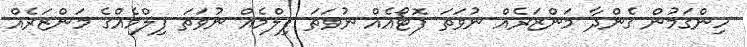
ހިންގަމުން ގެންދާ މަންޒަރެއް ނުވަތަ ފޮޓޯއެއް ނުވަތަ ފިލްމެއް ނުވަތަ ފިލްމެއްގެ މަންޒަރެއް